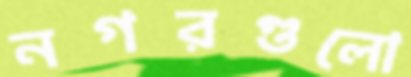
নগরগুলো